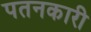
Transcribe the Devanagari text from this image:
पतनकारी